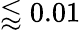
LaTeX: \lessapprox 0.01